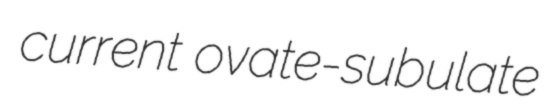
current ovate-subulate